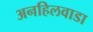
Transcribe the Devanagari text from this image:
अनहिलवाडा